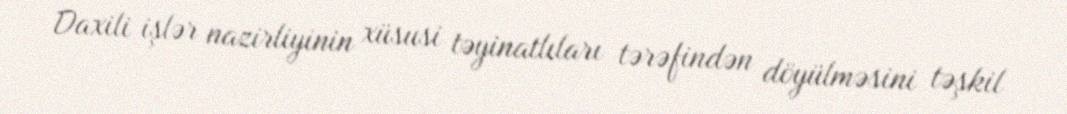
Daxili işlər nazirliyinin xüsusi təyinatlıları tərəfindən döyülməsini təşkil